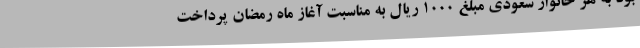
بود به هر خانوار سعودی مبلغ 1000 ریال به مناسبت آغاز ماه رمضان پرداخت